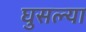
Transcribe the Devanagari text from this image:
घुसल्या